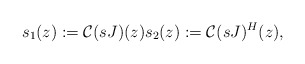
\begin{align*}s_1(z):=\mathcal{C}(sJ)(z) s_2(z):=\mathcal{C}(sJ)^{H}(z),\end{align*}